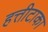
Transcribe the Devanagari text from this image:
हत्तीटाका